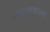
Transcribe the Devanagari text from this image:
अप्राप्तकालः